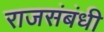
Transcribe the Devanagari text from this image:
राजसंबंधी